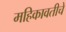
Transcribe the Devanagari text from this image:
महिकावतीचे